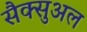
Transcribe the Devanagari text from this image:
सैक्सुअल